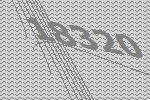
18320